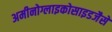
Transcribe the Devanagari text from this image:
अमीनोग्लाइकोसाइडजैसे